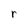
Character: r